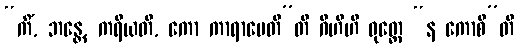
“ကိံ, ဘန္တေ, ကရိယတိ, ကော ကာရာပေတီ”တိ ဂိဟီဟိ ဝုတ္တေ “န ကောစိ”တိ